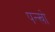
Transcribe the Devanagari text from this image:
पन्खो